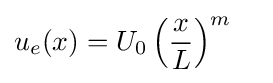
u_{e}(x)=U_{0}\left({\frac {x}{L}}\right)^{m}\quad